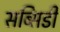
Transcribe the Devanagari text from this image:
सब्सिडी